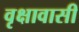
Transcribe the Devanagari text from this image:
वृक्षावासी